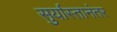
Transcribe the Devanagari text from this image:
सुर्यास्तानंतर